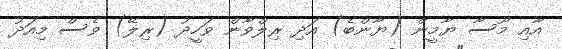
އާއި މޫސާ ޔާމީން (ޔާންބެ) އަދި ރިލްވާން ވަހީދު (ރިލޭ) ވެސް މިއަދު